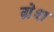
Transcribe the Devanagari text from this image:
ग्रेश